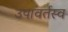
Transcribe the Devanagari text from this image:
उपावर्तस्व